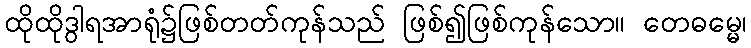
ထိုထိုဒွါရအာရုံ၌ဖြစ်တတ်ကုန်သည် ဖြစ်၍ဖြစ်ကုန်သော။ တေဓမ္မေ၊